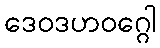
ဒေဝဒဟဝဂ္ဂေါ